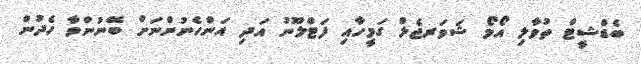
ބެޑްޝީޓް ތުވާލި އޯމޯ ޝަވަރޖެލް ގަމީހާއި ފަޓްލޫނު އަދި އަންހެނުންނަށް ބޭނުންވާ ހެދުން